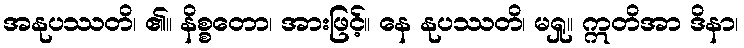
အနုပဿတိ၊ ၏။ နိစ္စတော၊ အားဖြင့်။ နေ နုပဿတိ၊ မရှု။ ဣတိအာ ဒိနာ၊